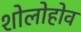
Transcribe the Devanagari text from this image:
शोलोहोव